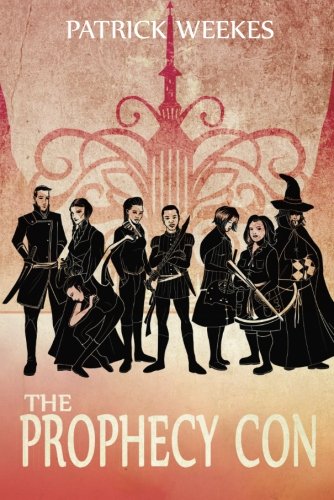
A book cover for The Prophecy Con (Rogues of the Republic); Patrick Weekes; Humor & Entertainment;